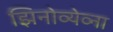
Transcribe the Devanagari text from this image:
झिनोव्येव्ना